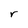
Character: r